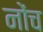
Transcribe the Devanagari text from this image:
नोंच